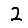
Digit: 2